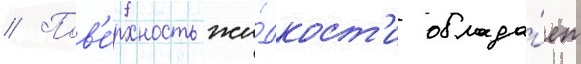
// Пов'е́рхность жи́дкост'и облада́ет